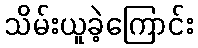
သိမ်းယူခဲ့ကြောင်း